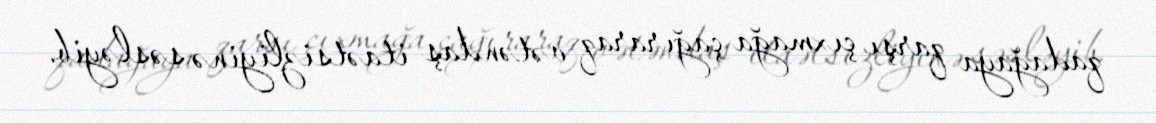
qadağaya qarşı çıxmağa çağıraraq vətəndaş itaətsizliyinə səsləyib.